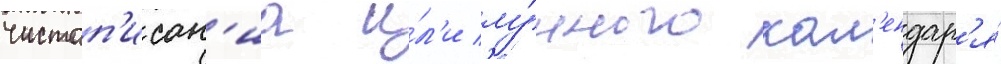
чистоп'исан'иа и́л'и лу́нного кал'ендар'я́